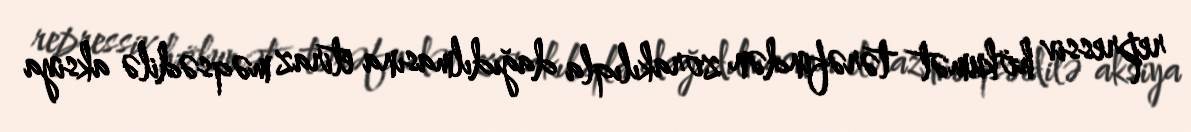
repressiv hökumət tərəfindən zorakılıqla dağıdılmasına etiraz məqsədilə aksiya